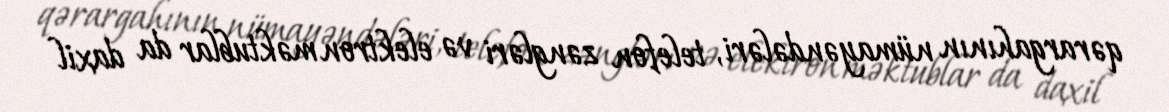
qərargahının nümayəndələri, telefon zəngləri və elektron məktublar da daxil